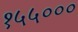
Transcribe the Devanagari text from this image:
१५५०००